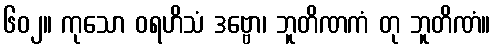
၆၀၂။ ကုသော ဝရဟိသံ ဒဗ္ဗော၊ ဘူတိဏကံ တု ဘူတိဏံ။